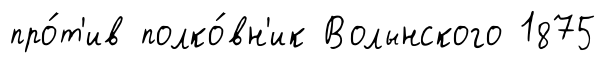
про́т'ив полко́вн'ик Волынского 1875